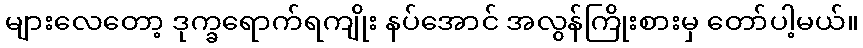
များလေတော့ ဒုက္ခရောက်ရကျိုး နပ်အောင် အလွန်ကြိုးစားမှ တော်ပါ့မယ်။